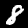
Label: 8